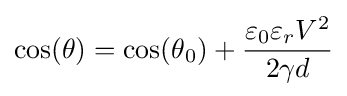
\cos(\theta )=\cos(\theta {_{0}})+{\frac {\varepsilon {_{0}}\varepsilon {_{r}}V^{2}}{{2\gamma }d}}